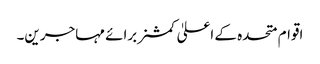
اقوام متحدہ کے اعلیٰ کمشنر برائے مہاجرین۔